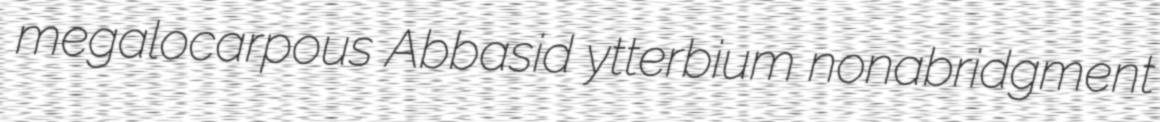
megalocarpous Abbasid ytterbium nonabridgment